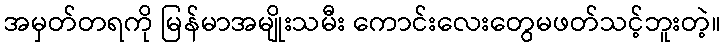
အမှတ်တရကို မြန်မာအမျိုးသမီး ကောင်းလေးတွေမဖတ်သင့်ဘူးတဲ့။